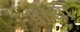
પીસા